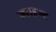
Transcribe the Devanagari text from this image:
ज्वाइण्ट